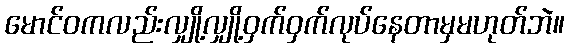
မောင်ဝကလည်းလျှို့လျှို့ဝှက်ဝှက်လုပ်နေတာမှမဟုတ်ဘဲ။